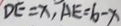
D E = x , A E = 6 - x